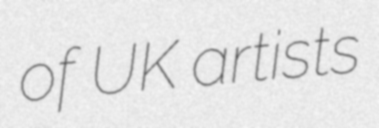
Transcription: of UK artists